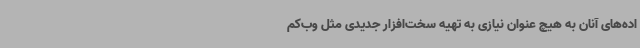
اده‌های آنان به هیچ عنوان نیازی به تهیه سخت‌افزار جدیدی مثل وب‌کم